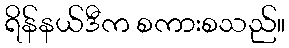
ရိန်နယ်ဒီက စကားစသည်။